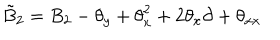
LaTeX: \tilde { B } _ { 2 } = B _ { 2 } - { \theta } _ { y } + { \theta } _ { x } ^ { 2 } + 2 { \theta } _ { x } \partial + { \theta } _ { x x }